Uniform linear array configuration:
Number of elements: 12
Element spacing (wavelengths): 0.75
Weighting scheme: exponential
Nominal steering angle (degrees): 30
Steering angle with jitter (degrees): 30.547
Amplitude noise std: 0.05
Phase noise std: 0.05

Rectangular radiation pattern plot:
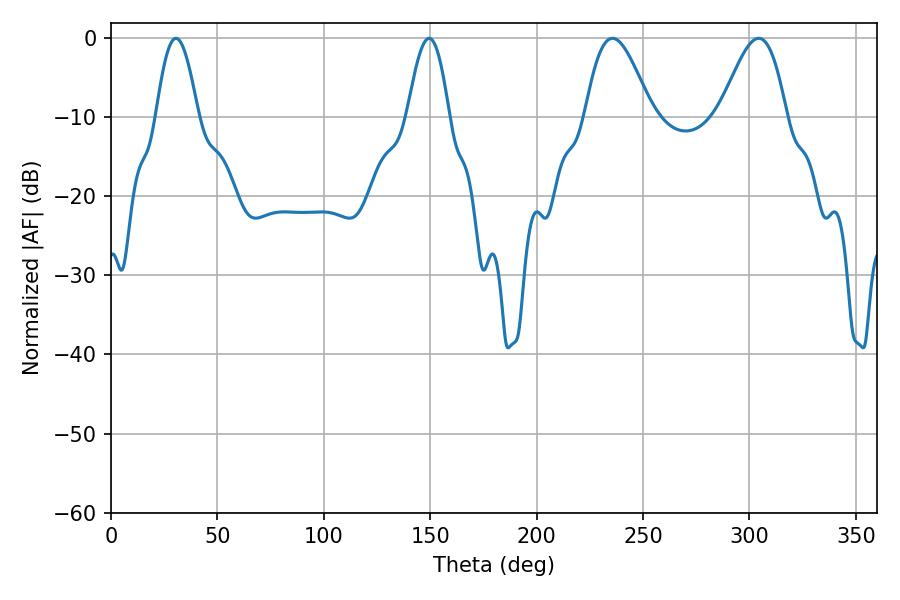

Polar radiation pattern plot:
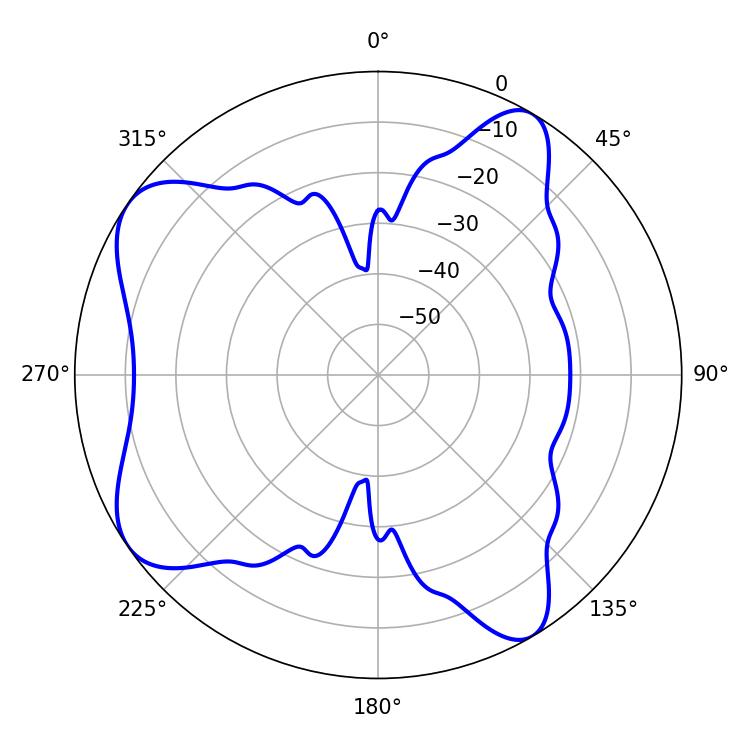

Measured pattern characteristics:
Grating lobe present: TRUE
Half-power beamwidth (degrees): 16.74
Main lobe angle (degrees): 235.62